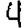
Digit: 4